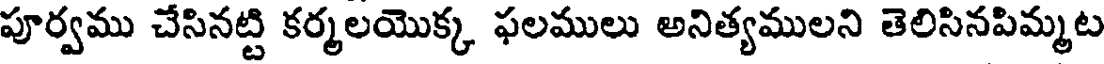
పూర్వము చేసినట్టి కర్మలయొక్క ఫలములు అనిత్యములని తెలిసినపిమ్మట